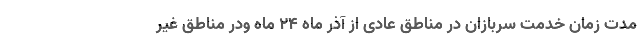
مدت زمان خدمت سربازان در مناطق عادی از آذر ماه ۲۴ ماه ودر مناطق غیر